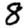
Digit: 8